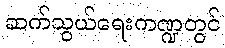
ဆက်သွယ်ရေးကဏ္ဍတွင်